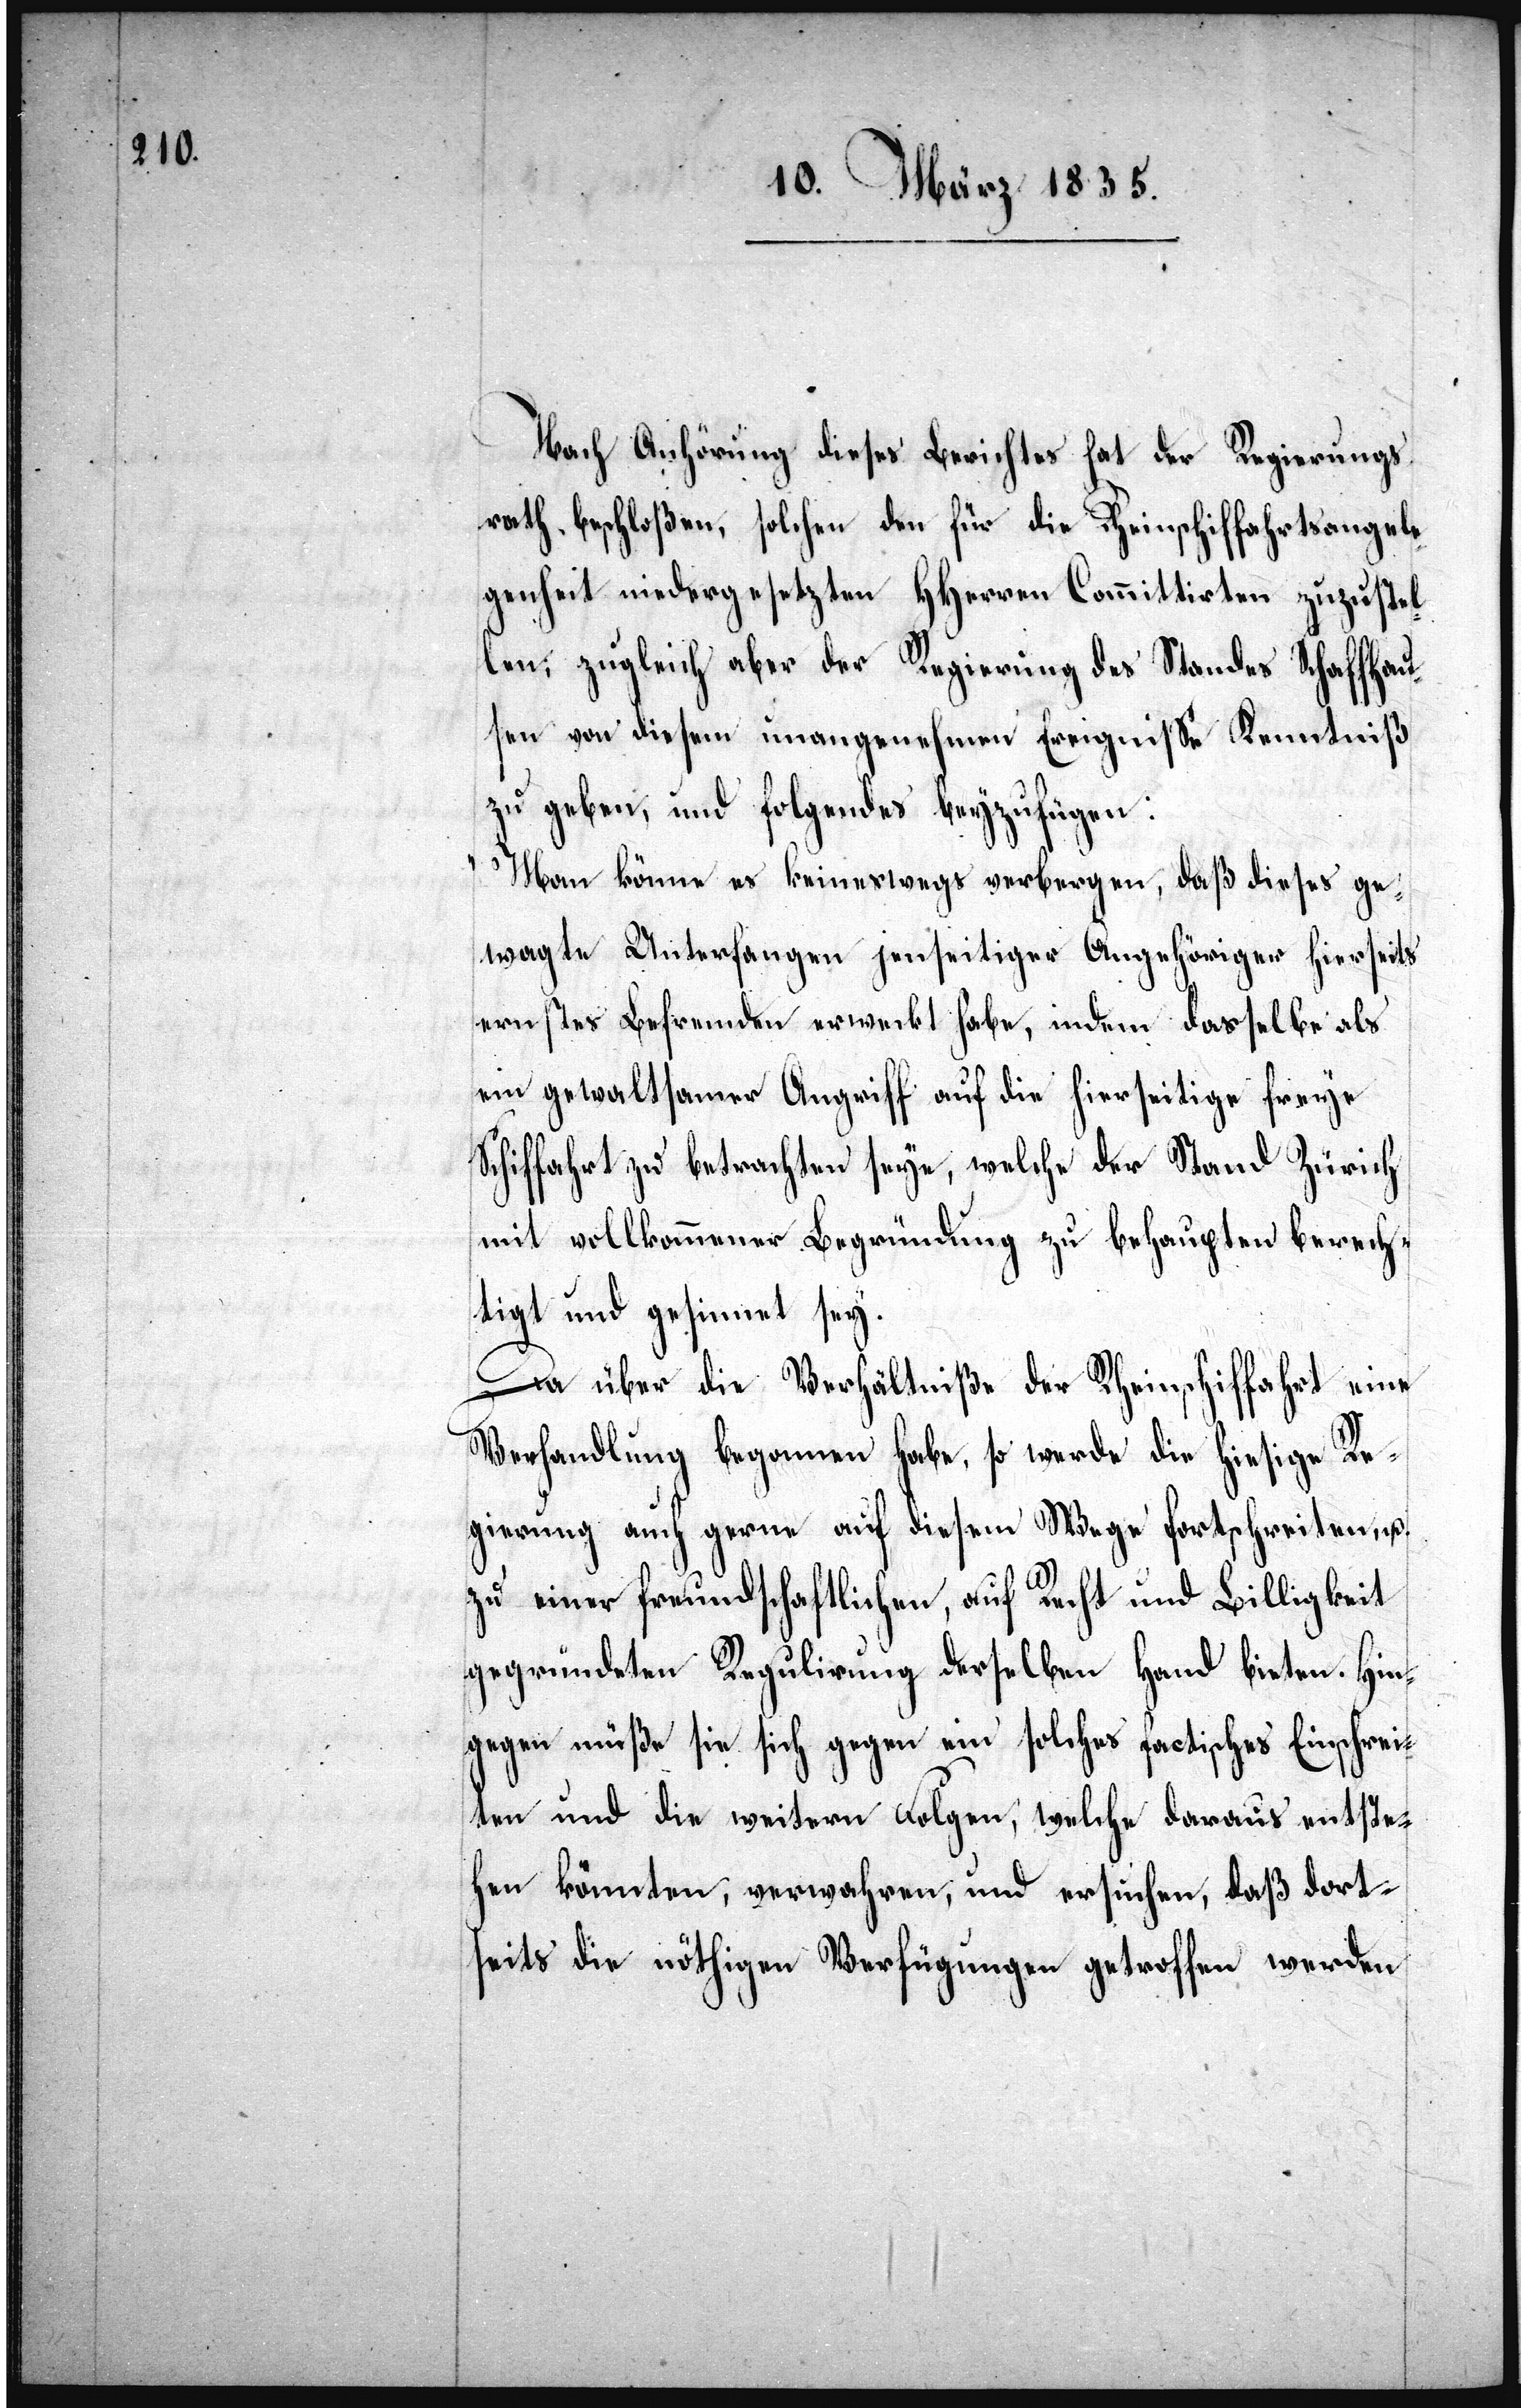
Nach Anhörung dieses Berichtes hat der Regierungs¬
rath beschloßen, solchen den für die Rheinschiffahrtsangele¬
genheit niedergesetzten HHerren Committirten zuzustel¬
len; zugleich aber der Regierung des Standes Schaffhau¬
sen von diesem unangenehmen Ereigniße Kenntniß
zu geben, und folgendes beyzufügen:
„Man könne es keineswegs verbergen, daß dieses ge¬
wagte Unterfangen jenseitiger Angehöriger hierseits
ernstes Befremden erweckt habe, indem dasselbe als
ein gewaltsamer Angriff auf die hierseitige freye
Schiffahrt zu betrachten seye, welche der Stand Zürich
mit vollkommener Begründung zu behaupten berech¬
tigt und gesinnt sey.
Da über die Verhältniße der Rheinschiffahrt eine
Verhandlung begonnen habe, so werde die hiesige Re¬
gierung auch gerne auf diesem Wege fortschreiten, u.
zu einer freundschaftlichen, auf Recht und Billigkeit
gegründeten Regulirung derselben Hand bieten. Hin¬
gegen müße sie sich gegen ein solches factisches Einschrei¬
ten und die weitern Folgen, welche daraus entste¬
hen könnten, verwahren, und ersuchen, daß dort¬
seits die nöthigen Verfügungen getroffen werden